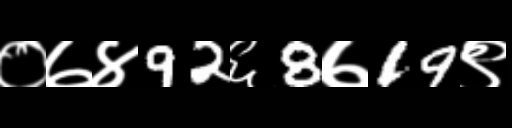
Text: ०७४92६8७19९